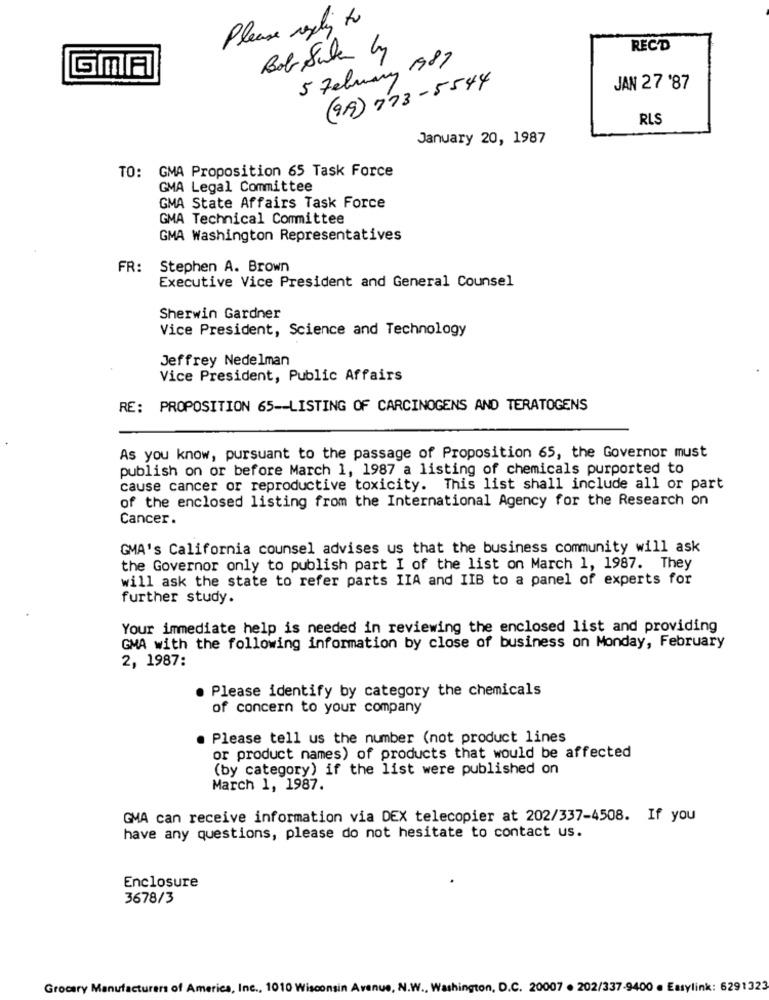
Please reply to
REC'D
Bob Sale by
1989
5 Felmary
(99) 773-5544
JAN 27 '87
RLS
January 20, 1987
TO: GMA Proposition 65 Task Force
GMA Legal Committee
GMA State Affairs Task Force
GMA Technical Committee
GMA Washington Representatives
FR:
Stephen A. Brown
Executive Vice President and General Counsel
Sherwin Gardner
Vice President, Science and Technology
Jeffrey Nedelman
Vice President, Public Affairs
RE: PROPOSITION 65 -- LISTING OF CARCINOGENS AND TERATOGENS
As you know, pursuant to the passage of Proposition 65, the Governor must
publish on or before March 1, 1987 a listing of chemicals purported to
cause cancer or reproductive toxicity. This list shall include all or part
of the enclosed listing from the International Agency for the Research on
Cancer.
GMA's California counsel advises us that the business community will ask
the Governor only to publish part I of the list on March 1, 1987. They
will ask the state to refer parts IIA and IIB to a panel of experts for
further study.
Your immediate help is needed in reviewing the enclosed list and providing
GMA with the following information by close of business on Monday, February
2, 1987:
. Please identify by category the chemicals
of concern to your company
Please tell us the number (not product lines
or product names) of products that would be affected
(by category) if the list were published on
March 1, 1987.
GMA can receive information via DEX telecopier at 202/337-4508. If you
have any questions, please do not hesitate to contact us.
Enclosure
3678/3
Grocery Manufacturers of America, Inc ., 1010 Wisconsin Avenue, N.W ., Washington, D.C. 20007 . 202/337-9400 . Easylink: 6291323